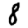
Digit: 8